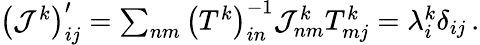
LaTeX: \begin{array}{r}{\big(\mathcal{J}^{k}\big)_{ij}^{\prime}=\sum_{nm}\big(T^{k}\big)_{in}^{-1}\mathcal{J}_{nm}^{k}T_{mj}^{k}=\lambda_{i}^{k}\delta_{ij}\, .}\end{array}